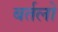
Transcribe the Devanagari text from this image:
बर्तलो